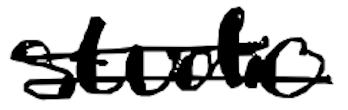
Text: studio
Cross-out: double-line
Writing tool: digital_black